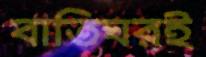
বাতিঘরই